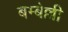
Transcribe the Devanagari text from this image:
बम्बेल्ली